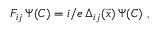
F _ { i j } \, \Psi ( C ) = i / e \, \Delta _ { i j } ( \vec { x } ) \, \Psi ( C ) \; ,